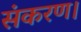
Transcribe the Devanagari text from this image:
संकरण।